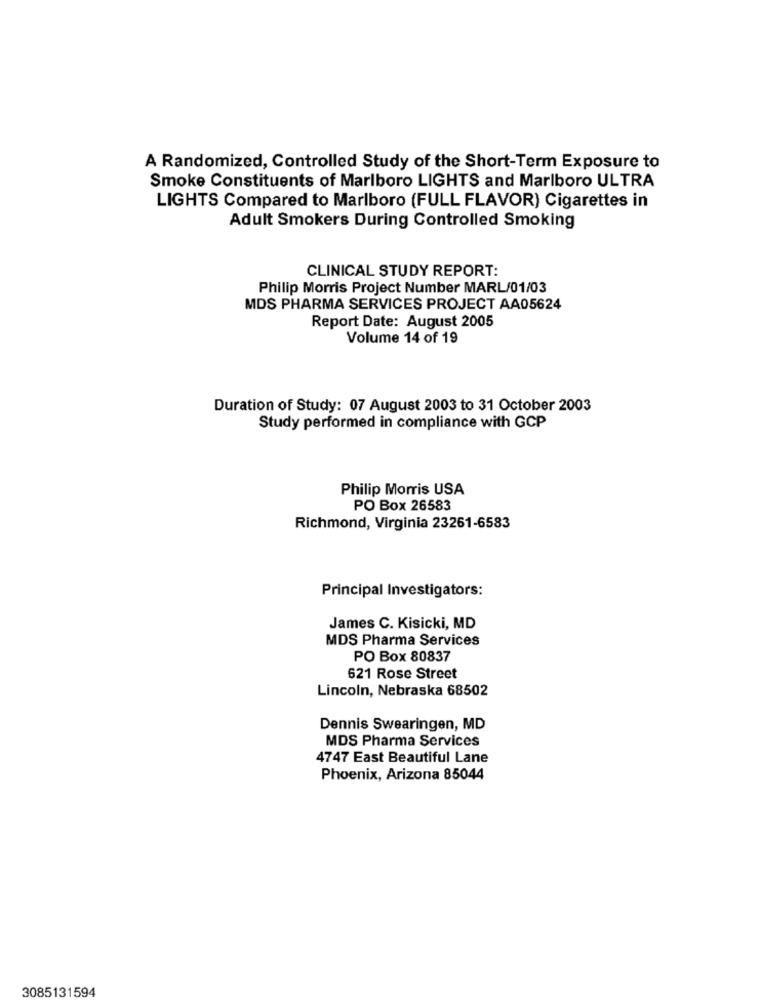
A Randomized, Controlled Study of the Short-Term Exposure to
Smoke Constituents of Marlboro LIGHTS and Marlboro ULTRA
LIGHTS Compared to Marlboro (FULL FLAVOR) Cigarettes in
Adult Smokers During Controlled Smoking
CLINICAL STUDY REPORT:
Philip Morris Project Number MARL/01/03
MDS PHARMA SERVICES PROJECT AA05624
Report Date: August 2005
Volume 14 of 19
Duration of Study: 07 August 2003 to 31 October 2003
Study performed in compliance with GCP
Philip Morris USA
PO Box 26583
Richmond, Virginia 23261-6583
Principal Investigators:
James C. Kisicki, MD
MDS Pharma Services
PO Box 80837
621 Rose Street
Lincoln, Nebraska 68502
Dennis Swearingen, MD
MDS Pharma Services
4747 East Beautiful Lane
Phoenix, Arizona 85044
3085131594